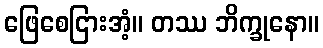
ဖြေစေငြားအံ့။ တဿ ဘိက္ခုနော။